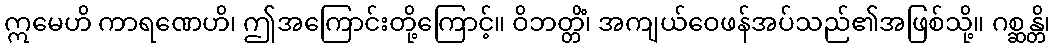
ဣမေဟိ ကာရဏေဟိ၊ ဤအကြောင်းတို့ကြောင့်။ ဝိဘတ္တိံ၊ အကျယ်ဝေဖန်အပ်သည်၏အဖြစ်သို့။ ဂစ္ဆန္တိ၊